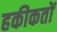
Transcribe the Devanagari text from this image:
हकीकतों